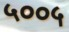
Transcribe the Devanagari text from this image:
५००५